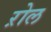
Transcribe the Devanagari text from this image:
ऱोल